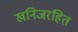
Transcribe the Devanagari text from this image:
खनिजरहित